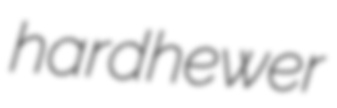
hardhewer